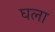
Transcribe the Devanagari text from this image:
घला